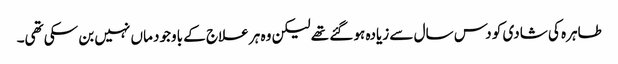
طاہرہ کی شادی کو دس سال سے زیادہ ہو گئے تھے لیکن وہ ہر علاج کے باوجود ماں نہیں بن سکی تھی۔